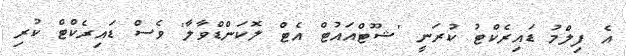
އެ ފިލްމު ޑައިރެކްޓު ކުރަނީ 'ޝޫޓްއައުޓް އެޓް ލޮކަންޑްވާލާ' ވެސް ޑައިރެކްޓް ކުރި